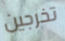
تخرجين